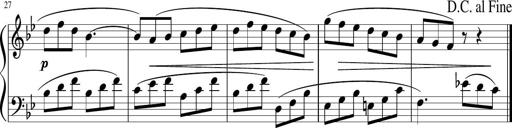
Title: 12 Keyboard Sonatinas
Composer: James Hook